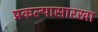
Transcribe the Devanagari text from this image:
प्रकल्पासारखा